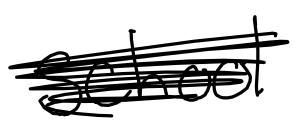
Text: school
Cross-out: scratch
Writing tool: digital_black